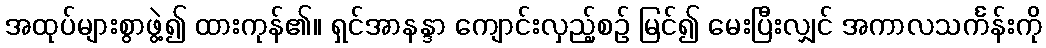
အထုပ်များစွာဖွဲ့၍ ထားကုန်၏။ ရှင်အာနန္ဒာ ကျောင်းလှည့်စဉ် မြင်၍ မေးပြီးလျှင် အကာလသင်္ကန်းကို